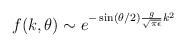
LaTeX: \begin{align*}f(k,\theta) \sim e^{-\sin(\theta/2) \frac{g}{\sqrt{\pi\epsilon}} k^{2}}\end{align*}